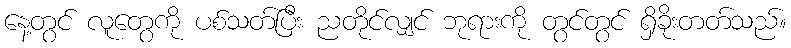
နေ့တွင် လူတွေကို ပစ်သတ်ပြီး ညတိုင်လျှင် ဘုရားကို တွင်တွင် ရှိခိုးတတ်သည်။